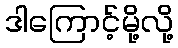
ဒါကြောင့်မို့လို့